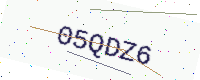
Text: 05QDZ6